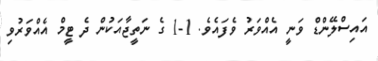
އައިސްލޭންޑް ވަނީ އެއްވަރު ވެފައެވެ. 1-1 ގެ ނަތީޖާއަކުން ދެ ޓީމް އެއްވަރުވި